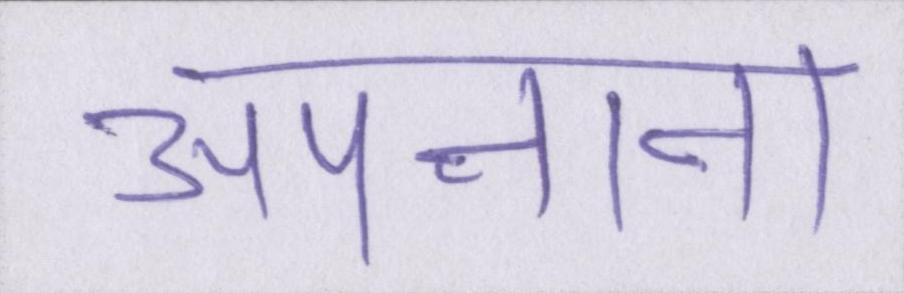
अपनाना